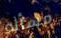
مسأله